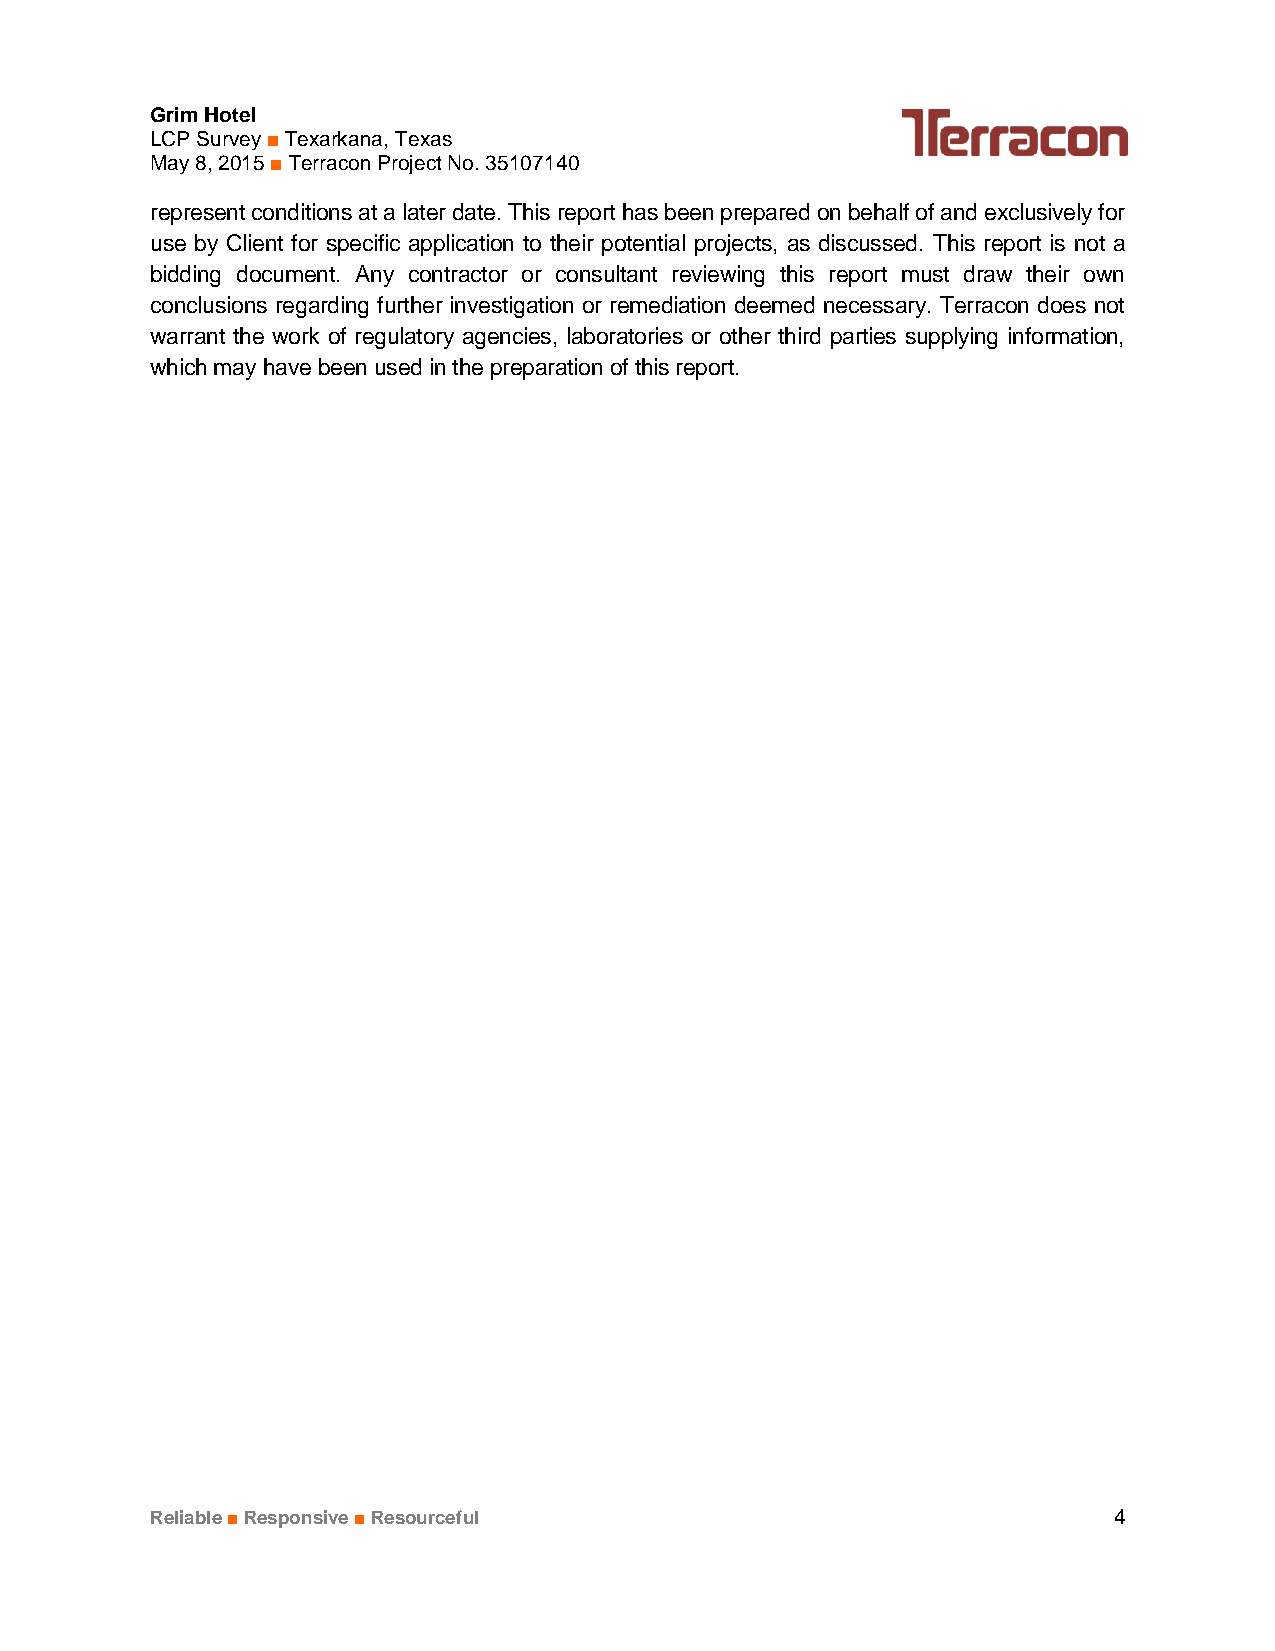
Grim Hotel
 LCP Survey ■ Texarkana, Texas
 May 8, 2015 ■ Terracon Project No. 35107140
 represent conditions at a later date. This report has been prepared on behalf of and exclusively for
 use by Client for specific application to their potential projects, as discussed. This report is not a
 bidding document. Any contractor or consultant reviewing this report must draw their own
 conclusions regarding further investigation or remediation deemed necessary. Terracon does not
 warrant the work of regulatory agencies, laboratories or other third parties supplying information,
 which may have been used in the preparation of this report.
 Reliable ■ Responsive ■ Resourceful                             4